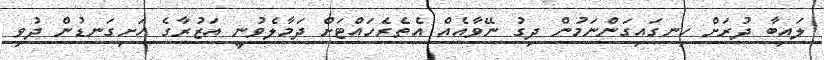
ލައިބާ ދުރަށް ހިނގައިގަންނަމުން ދިގު ނޭވާއެއް އެތެރެހައްޓަށް ދަމާލެވުނީ އަޒުރާގެ ހަށިގަނޑުން ދުވި